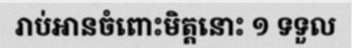
រាប់អានចំពោះមិត្តនោះ ១ ទទួល